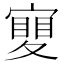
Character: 𡕹